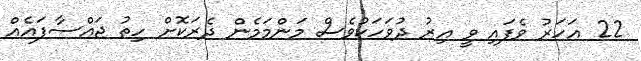
22 އަހަރު ވެފައި ވީ އިރު ދުވަހަކުވެސް މަންމަމެން ދެރަކޮށް ހިތު ޖައްސާފައެއް